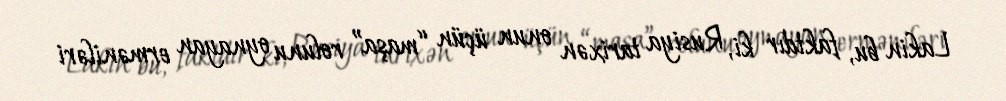
Lakin bu, faktdır ki, Rusiya tarixən onun üçün “maşa” rolunu oynayan erməniləri